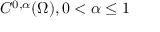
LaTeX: C ^ { 0 , \alpha } ( \Omega ) , 0 < \alpha \leq 1